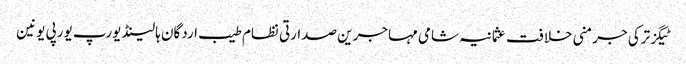
ٹیگزترکی جرمنی خلافت عثمانیہ شامی مہاجرین صدارتی نظام طیب اردگان ہالینڈ یورپ یورپی یونین